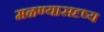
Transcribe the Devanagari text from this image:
मळण्यासदृष्य